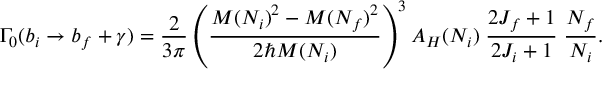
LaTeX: \Gamma _ { 0 } ( b _ { i } \to b _ { f } + \gamma ) = { \frac { 2 } { 3 \pi } } \left( { \frac { M ( N _ { i } ) ^ { 2 } - M ( N _ { f } ) ^ { 2 } } { 2 \hbar M ( N _ { i } ) } } \right) ^ { 3 } A _ { H } ( N _ { i } ) \; { \frac { 2 J _ { f } + 1 } { 2 J _ { i } + 1 } } \; { \frac { N _ { f } } { N _ { i } } } .